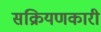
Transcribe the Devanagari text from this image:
सक्रियणकारी